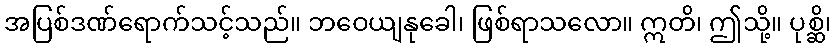
အပြစ်ဒဏ်ရောက်သင့်သည်။ ဘဝေယျနုခေါ၊ ဖြစ်ရာသလော။ ဣတိ၊ ဤသို့။ ပုစ္ဆိ၊